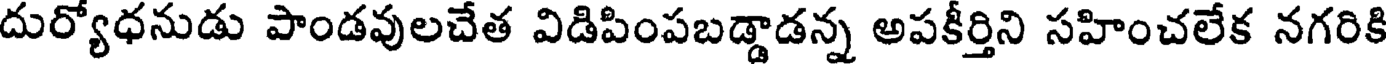
దుర్యోధనుడు పాండవులచేత విడిపింపబడ్డాడన్న అపకీర్తిని సహించలేక నగరికి